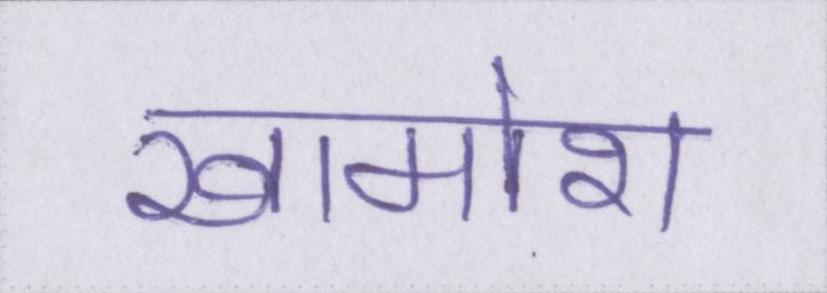
खामोश